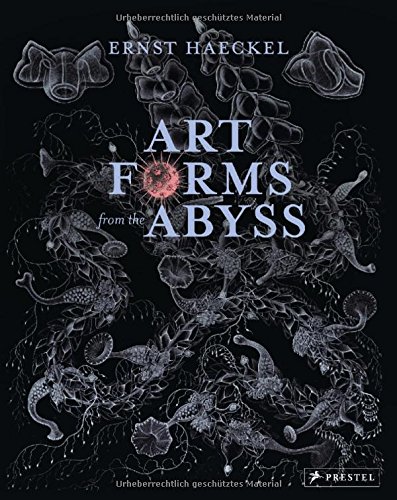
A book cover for Art Forms from the Abyss: Ernst Haeckel's Images From The Hms Challenger Expedition; Peter J Le B Williams; Arts & Photography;